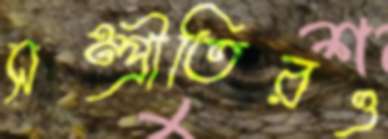
সম্প্রীতিরও